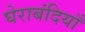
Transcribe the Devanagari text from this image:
घेराबंदियाँ